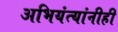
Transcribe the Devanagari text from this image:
अभियंत्यांनीही